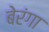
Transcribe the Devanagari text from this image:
बेरंगा